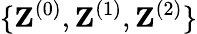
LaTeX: \{ \textbf{Z}^{(0)},\textbf{Z}^{(1)},\textbf{Z}^{(2)}\}